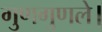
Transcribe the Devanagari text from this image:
गुणगुणले।